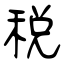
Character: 稅